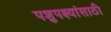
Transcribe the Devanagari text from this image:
पशुपक्ष्यांसाठी